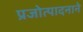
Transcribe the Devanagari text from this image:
प्रजोत्पादनाने